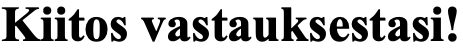
Kiitos vastauksestasi!